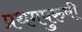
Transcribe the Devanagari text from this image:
प्रथमपुरुषी